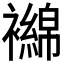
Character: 𬡴